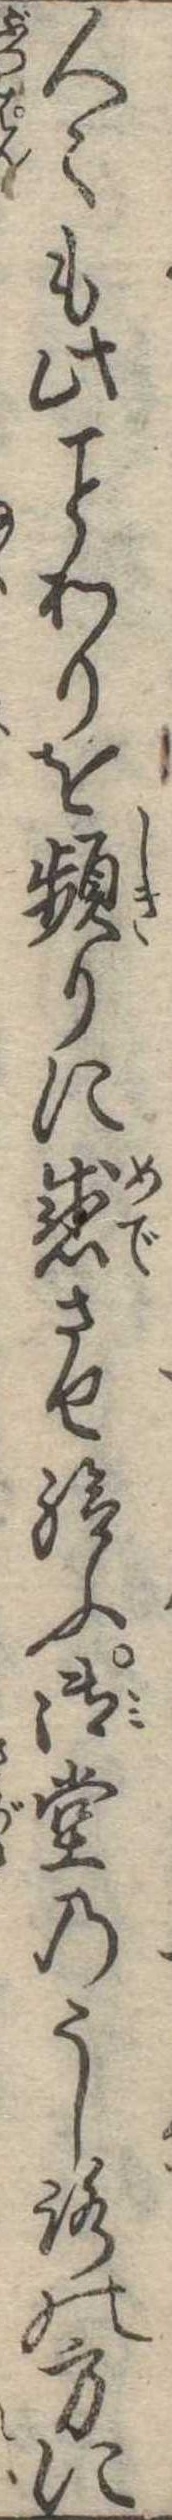
人も此わりを頻りに感させ給ふ御堂のうしろの方に